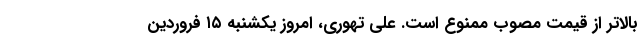
بالاتر از قیمت مصوب ممنوع است. علی تهوری، امروز یکشنبه ۱۵ فروردین